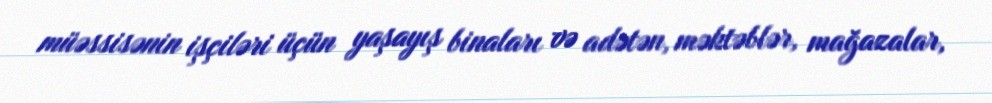
müəssisənin işçiləri üçün yaşayış binaları və adətən, məktəblər, mağazalar,